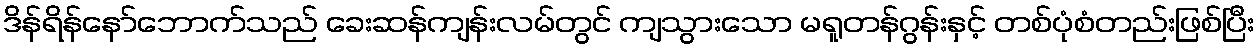
ဒိန်ရိန်နော်ဘောက်သည် ခေးဆန်ကျန်းလမ်တွင် ကျသွားသော မရူတန်ဂွန်းနှင့် တစ်ပုံစံတည်းဖြစ်ပြီး